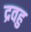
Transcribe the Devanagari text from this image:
द्रवहु